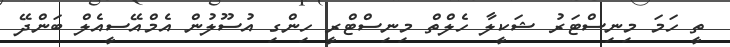
ތީ ހަމަ މިނިސްޓަރު ޝަކީލާ ހެލްތް މިނިސްޓްރީ ހިންގި އުސޫލުން އެމްއޭސީއެލް ބަންދޭ